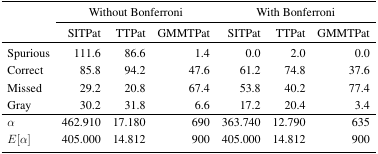
| <ROWSPAN=3>  | <COLSPAN=3> Without Bonferroni | <COLSPAN=3> With Bonferroni |
 | SITPat | TTPat | GMMTPat | SITPat | TTPat | GMMTPat |
 | --- | --- | --- | --- | --- | --- | --- |
 | Spurious | 111.6 | 86.6 | 1.4 | 0.0 | 2.0 | 0.0 |
 | Correct | 85.8 | 94.2 | 47.6 | 61.2 | 74.8 | 37.6 |
 | Missed | 29.2 | 20.8 | 67.4 | 53.8 | 40.2 | 77.4 |
 | Gray | 30.2 | 31.8 | 6.6 | 17.2 | 20.4 | 3.4 |
 | α | 462.910 | 17.180 | 690 | 363.740 | 12.790 | 635 |
 | E[α] | 405.000 | 14.812 | 900 | 405.000 | 14.812 | 900 |